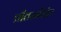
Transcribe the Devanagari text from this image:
प्रीतमसिंह